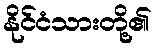
နိုင်ငံသားတို့၏